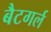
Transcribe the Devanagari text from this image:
बैटगर्ल